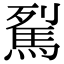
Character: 𩢾